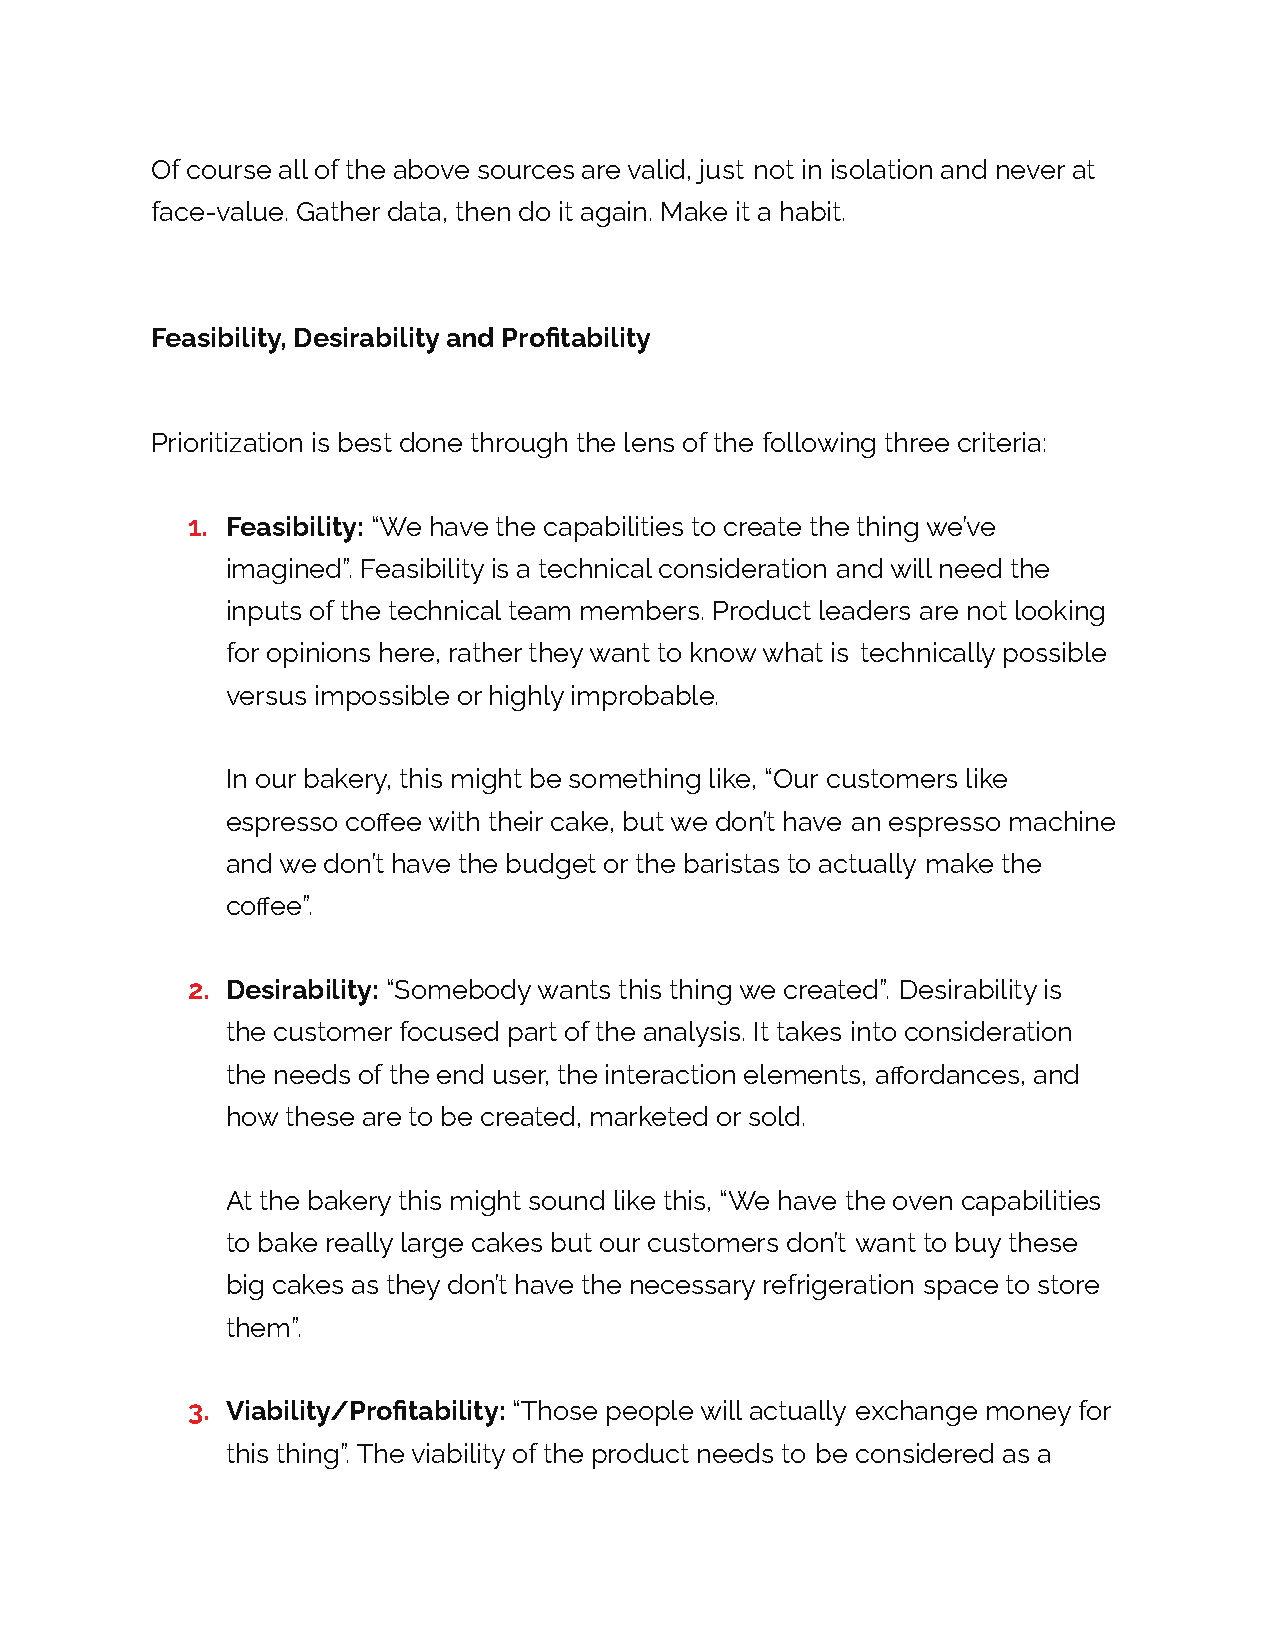
Of course all of the above sources are valid, just not in isolation and never at
 face-value. Gather data, then do it again. Make it a habit.
 Feasibility, Desirability and Profitability
 Prioritization is best done through the lens of the following three criteria:
 1. Feasibility: “We have the capabilities to create the thing we’ve
 imagined”. Feasibility is a technical consideration and will need the
 inputs of the technical team members. Product leaders are not looking
 for opinions here, rather they want to know what is technically possible
 versus impossible or highly improbable.
 In our bakery, this might be something like, “Our customers like
 espresso coffee with their cake, but we don’t have an espresso machine
 and we don’t have the budget or the baristas to actually make the
 coffee”.
 2. Desirability: “Somebody wants this thing we created”. Desirability is
 the customer focused part of the analysis. It takes into consideration
 the needs of the end user, the interaction elements, affordances, and
 how these are to be created, marketed or sold.
 At the bakery this might sound like this, “We have the oven capabilities
 to bake really large cakes but our customers don’t want to buy these
 big cakes as they don’t have the necessary refrigeration space to store
 them”.
 3. Viability/Profitability: “Those people will actually exchange money for
 this thing”. The viability of the product needs to be considered as a